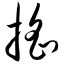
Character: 摇